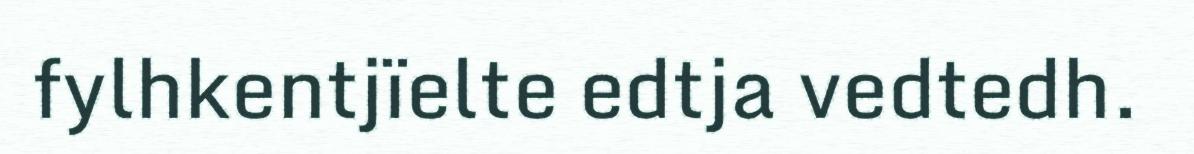
fylhkentjïelte edtja vedtedh.